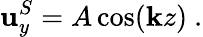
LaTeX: \mathbf{u}_{y}^{S}=A\cos(\mathbf{k}z)~.